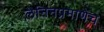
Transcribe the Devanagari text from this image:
लेनिनप्रमाणेच